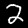
Label: 2